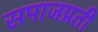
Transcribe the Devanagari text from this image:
समाजप्रती